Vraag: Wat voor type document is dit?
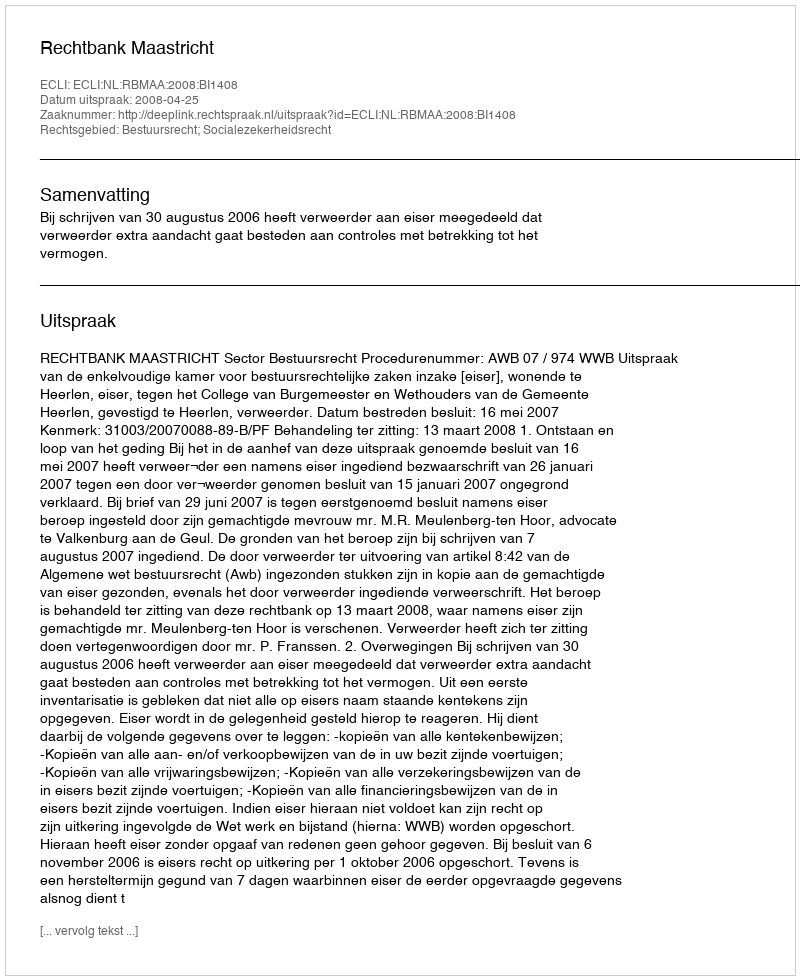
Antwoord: Uitspraak